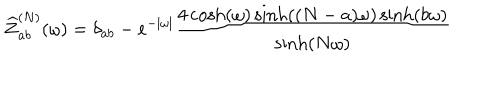
\widehat { Z } _ { a b } ^ { ( N ) } ( \omega ) = \delta _ { a b } - e ^ { - | \omega | } \frac { 4 \cosh ( \omega ) \sinh ( ( N - a ) \omega ) \sinh ( b \omega ) } { \sinh ( N \omega ) }